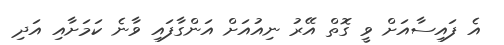
އެ ފައިސާއަށް ވީ ގޮތް އޭރު ނިއުއަށް އަންގާފައި ވާނެ ކަމަށާއި އަދި